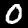
Label: 0